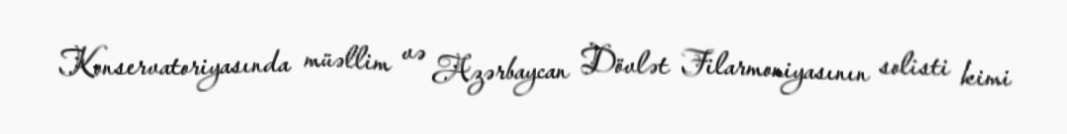
Konservatoriyasında müəllim və Azərbaycan Dövlət Filarmoniyasının solisti kimi